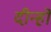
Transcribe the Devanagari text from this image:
दीन्हों